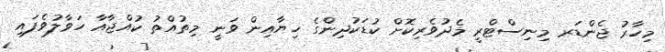
މިހާރު ޖެންޑަރ މިނިސްޓްރީ މެދުވެރިކޮށް ކުޑަކުދިންގެ ހިޔާއިން ވަނީ މިތުއްތު ކުއްޖާއާ ހަވާލުވެފައި